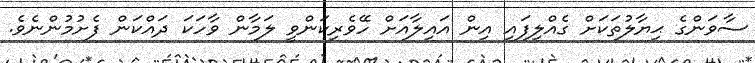
ސާވަންގެ ޙިޔާލުތަކަށް ގެއްލިފައި އިން އައިލާއަށް ހޭވެރިކަންވީ ލަމާން ވާހަކަ ދައްކަން ފެށުމުންނެވެ.